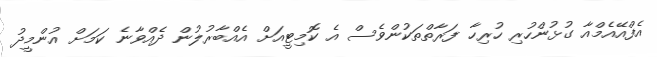
އެފްއޭއެމްއާ ގުޅުންހުރި ހުރިހާ ފަރާތްތަކުންވެސް އެ ކޮމިޓީއަށް އެއްބާރުލުން ދެއްވާނެ ކަމަށް އުންމީދު